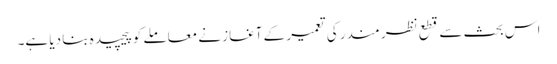
اس بحث سے قطع نظر مندر کی تعمیر کے آغاز نے معاملے کو پیچیدہ بنا دیا ہے۔